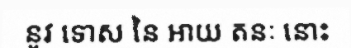
នូវ ទោស នៃ អាយ តនៈ នោះ